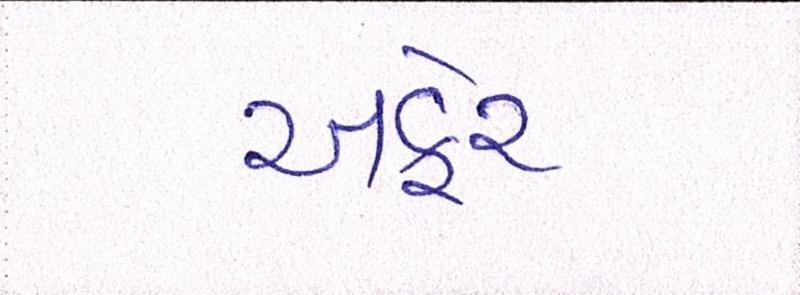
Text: અફેર